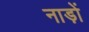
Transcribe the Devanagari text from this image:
नाड़ों